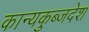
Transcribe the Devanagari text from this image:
कान्यकुब्जदेश